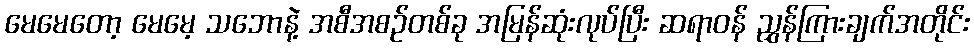
မေမေတော့ မေမေ့ သဘောနဲ့ အစီအစဉ်တစ်ခု အမြန်ဆုံးလုပ်ပြီး ဆရာဝန် ညွှန်ကြားချက်အတိုင်း